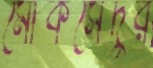
মোকসেদুর